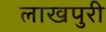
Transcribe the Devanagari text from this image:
लाखपुरी